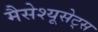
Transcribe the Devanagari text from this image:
मैसेश्यूसेट्स